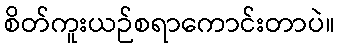
စိတ်ကူးယဉ်စရာကောင်းတာပဲ။